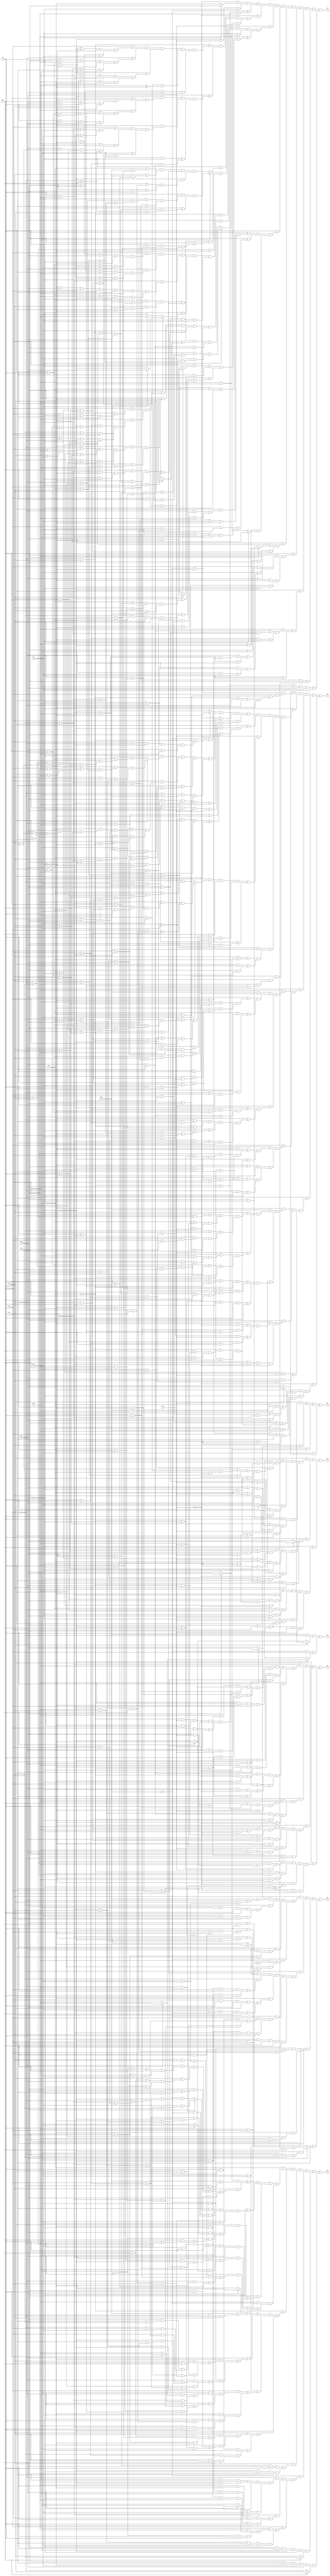
// Benchmark "alu4" written by ABC on Sat Apr 29 10:28:45 2023

module alu4 ( 
    x0, x1, x2, x3, x4, x5, x6, x7, x8, x9, x10, x11, x12, x13,
    f0, f1, f2, f3, f4, f5, f6, f7  );
  input  x0, x1, x2, x3, x4, x5, x6, x7, x8, x9, x10, x11, x12, x13;
  output f0, f1, f2, f3, f4, f5, f6, f7;
  assign f0 = (x3 & (x8 ? x9 : x10)) | (x2 & (x7 ? x9 : x10)) | (x1 & (x6 ? x9 : x10)) | (x0 & (x5 ? x9 : x10));
  assign f1 = ((x13 | ~x4) & (x3 ? (x8 ? x9 : x10) : (x8 ? ~x12 : ~x11))) | (~x13 & x4 & (x3 ? (x8 ? ~x9 : ~x10) : (x8 ? x12 : x11)));
  assign f2 = (x3 | ((x9 | (((x8 ? x12 : x11) | (x10 & (~x6 | ~x5 | ~x7))) & (x12 | ~x8 | (((x2 & ~x7) | ((x0 | ~x6) & (x1 | ~x5))) & (x2 | ~x6 | ~x5) & (x0 | x1 | ~x7))))) & ((x8 ? x12 : x11) | ((x0 | x1 | x2) & (x10 | x6 | x5 | x7))) & (x10 | x11 | x8 | (((x2 & x7) | ((x0 | x6) & (x1 | x5))) & (x2 | x6 | x5) & (x0 | x1 | x7))))) & (x12 | ((x10 | ((x2 | ~x7 | (x9 & (x6 | x5))) & (x1 | ~x6 | x5))) & (x1 | (~x6 & (x2 | ~x7)) | (x0 & (x9 | ~x5))) & (x0 | (~x5 & (x9 | x2 | ~x6 | ~x7))) & (~x6 | ~x5 | ~x7 | x9 | x2))) & (x11 | ((x9 | ((x2 | x7 | (x10 & (~x6 | ~x5))) & (x1 | x6 | ~x5))) & (x1 | (x6 & (x2 | x7)) | (x0 & (x10 | x5))) & (x0 | (x5 & (x10 | x2 | x6 | x7))) & (x10 | x2 | x6 | x5 | x7)));
  assign f3 = (~x3 & ((~x9 & (((~x10 | (x6 & x5 & x7)) & (x8 ? ~x12 : ~x11)) | ((~x2 | x7) & ((((~x1 & x5) | (~x0 & x6)) & (x4 | (~x12 & x8))) | (x4 & x6 & x5))) | (~x12 & x8 & ((~x2 & x6 & x5) | (~x0 & ~x1 & x7))) | (~x1 & x7 & ~x0 & x4))) | (((~x0 & ~x1 & ~x2) | (~x10 & ~x6 & ~x5 & ~x7)) & (x4 | (~x12 & x8) | (~x11 & ~x8))) | (~x10 & (((~x2 | ~x7) & ((~x1 & ~x5) | (~x0 & ~x6)) & (x4 | (~x11 & ~x8))) | ((x4 | (~x11 & ~x8)) & ((~x2 & ~x6 & ~x5) | (~x0 & ~x1 & ~x7))))))) | (x4 & ((~x9 & (~x10 | (x8 & (~x2 | x7) & (~x1 | x6) & (~x0 | x5)))) | (~x10 & ~x8 & (~x2 | ~x7) & (~x1 | ~x6) & (~x0 | ~x5)))) | (~x12 & ((~x10 & ((~x2 & x7 & (~x9 | (~x6 & ~x5))) | (~x1 & x6 & ~x5))) | (~x1 & (x6 | (~x2 & x7)) & (~x0 | (~x9 & x5))) | (~x0 & (x5 | (~x9 & ~x2 & x6 & x7))) | (x6 & x5 & x7 & ~x9 & ~x2))) | (~x11 & ((~x9 & ((~x2 & ~x7 & (~x10 | (x6 & x5))) | (~x1 & ~x6 & x5))) | (~x1 & (~x6 | (~x2 & ~x7)) & (~x0 | (~x10 & ~x5))) | (~x0 & (~x5 | (~x10 & ~x2 & ~x6 & ~x7))) | (~x10 & ~x2 & ~x6 & ~x5 & ~x7)));
  assign f4 = ((x5 ? x9 : x10) | ((~x13 | ~x0) & (x4 | ((~x12 | ~x11) & (~x1 | ~x2 | ~x3 | ~x0))))) & (x0 | (((x5 ? ~x12 : ~x11) | (~x13 & (~x1 | ((x4 | ~x2 | ~x3) & (~x6 | ~x9) & (x6 | ~x10))))) & (~x5 | ((~x6 | (x12 ? ((~x9 | ((~x3 | ((~x8 | (~x2 & ~x7)) & (~x7 | ~x10))) & (~x2 | (~x7 & ~x10)))) & (x4 | (~x2 & ~x7) | (~x8 & ~x3))) : (x13 | (x1 & (x9 | ((((~x4 | (~x8 & x3)) & (~x8 | x3)) | (x2 & ~x7)) & (x2 | ~x7))))))) & (~x8 | ((x12 | x13 | ((x1 | ((x9 | ((~x4 | (x2 & ~x7)) & (x3 | ~x7))) & (x2 | x3))) & (x3 | x9 | x10))) & (~x1 | ~x12 | (~x2 & ~x7) | (x4 & (~x3 | ~x9))))) & (~x7 | ((~x1 | ~x12 | ((~x2 | ~x9) & (x4 | ~x3))) & (x12 | x13 | ((x1 | (x2 & (~x4 | x3 | x9))) & (x2 | x9 | x10))))) & (~x4 | x12 | x13 | ((x10 | (x9 & (x8 | x7 | x6))) & (x1 | x2 | x3))))) & (~x8 | ((~x12 | ~x11 | ~x3 | ~x9) & (~x4 | x11 | x13 | ~x7 | ~x6 | x9 | x5))) & (~x7 | ((~x2 | ~x9 | ~x12 | ~x11) & (x12 | x11 | x3 | x13 | ~x6 | x9))) & (x5 | ((x6 | (x11 ? ((~x10 | ((~x3 | ((x8 | (~x2 & x7)) & (x7 | ~x9))) & (~x2 | (x7 & ~x9)))) & (x4 | (x8 & ~x3) | (~x2 & x7))) : (x13 | (x1 & (x10 | ((x2 | x7) & ((x2 & x7) | ((x8 | x3) & (~x4 | (x8 & x3)))))))))) & (x8 | ((x11 | x13 | ((x3 | x9 | x10) & (x1 | ((x2 | x3) & (x10 | ((x3 | x7) & (~x4 | (x2 & x7)))))))) & (~x1 | ~x11 | (~x2 & x7) | (x4 & (~x3 | ~x10))))) & (x7 | ((~x1 | ~x11 | ((~x2 | ~x10) & (x4 | ~x3))) & (x11 | x13 | ((x2 | x9 | x10) & (x1 | (x2 & (~x4 | x3 | x10))))))) & (~x4 | x11 | x13 | ((x9 | x10) & (x1 | x2 | x3))))) & (x12 | x11 | x13 | ((x2 | (x6 ? x9 : x10)) & x1 & (x3 | x10 | (x9 & (x7 | x6))))) & (~x12 | ~x11 | (x4 & (~x10 | ((x8 | ~x3) & (~x2 | x7))))))) & (x10 | ((~x9 | ((x13 | ~x5 | ((x6 | ((x12 | ((x2 | ~x7) & (~x8 | x3 | x7))) & (~x0 | ((x2 | ((~x4 | (x8 & x3)) & (x11 | (x7 & (x8 | x3))))) & (x7 | ((~x4 | (x8 & x3)) & (x11 | x8 | x3))))))) & (x1 | ~x0 | ((x7 | ((~x4 | (x8 & x3)) & (x11 | x8 | x3))) & (~x4 | x2 | x8))))) & (x5 | ((~x11 | ((~x8 | ~x3 | (~x12 & (x7 | x6))) & (~x2 | ~x7 | x6))) & (~x0 | ((~x2 | (~x7 & (~x8 | ~x3)) | (~x1 & (~x12 | ~x6))) & (~x1 | (~x6 & (~x3 | ~x7 | ~x12 | ~x8))) & (~x12 | ~x8 | ~x3 | ~x7 | ~x6))))))) & (x4 | ((x5 | ((~x12 | ~x0 | (((~x2 & ~x7) | ((~x8 | (~x1 & ~x6)) & (~x3 | ~x6))) & (~x1 | ~x3 | ~x7))) & (~x11 | (((~x2 & x7) | ((x8 | (~x1 & x6)) & (~x3 | x6))) & (~x1 | ~x3 | x7))))) & (~x12 | x9 | ~x0 | (((~x2 & ~x7) | ((~x3 | ~x6) & (~x1 | ~x8))) & (~x1 | ~x3 | ~x7) & (~x2 | ~x8 | ~x6))))))) & (~x10 | ((~x0 | ((x13 | ((x2 | ((x12 | (~x7 & (~x8 | x3)) | ((x1 | (~x9 & x5)) & (~x6 | x9 | x5))) & (~x4 | x5 | ((x1 | (x3 & (~x8 | x9))) & (~x6 | x9 | (~x8 & x3)))))) & (x5 | ((x1 | ((x12 | ~x6) & (~x7 | x9 | ((~x4 | (~x8 & x3)) & (x12 | ~x8 | x3))))) & (~x7 | ~x6 | x9 | ((~x4 | (~x8 & x3)) & (x12 | ~x8 | x3))))))) & (x9 | ~x5 | ((~x2 | (x7 & (x8 | ~x3)) | (~x1 & (~x11 | x6))) & (~x1 | (x6 & (~x3 | x7 | ~x11 | x8))) & (~x11 | x8 | ~x3 | x7 | x6))))) & (x9 | ((~x6 | ((~x12 | ~x5 | ((~x2 | x7) & (x8 | ~x3 | ~x7))) & (x11 | x13 | x5 | ((x2 | x7) & (x8 | x3 | ~x7))))) & (~x12 | ~x11 | x8 | ~x3 | ~x5))) & (x1 | x11 | x13 | x5 | (x6 & (x2 | (x7 & (x8 | x3))))))) & (~x5 | ((~x0 | ((x1 | x13 | ~x9 | ((x2 | ((x11 | (x7 & (x8 | x3))) & (~x4 | x3))) & (x11 | x6))) & (x4 | ~x11 | x9 | (((~x2 & x7) | ((x8 | (~x1 & x6)) & (~x3 | x6))) & (~x1 | ~x3 | x7))))) & (~x6 | ((x1 | x12 | x13 | ~x9) & (x4 | ~x12 | ~x8 | ~x7 | x9)))));
  assign f5 = (x1 & (((x6 ? x9 : x10) & (x13 | (~x4 & ((x2 & x3) | (x12 & x11))))) | (x2 & ((~x4 & ((x12 & x6 & x9 & x8) | (x10 & ~x8 & x11 & ~x6))) | (x3 & ((x9 & x8 & x6) | (x10 & ~x8 & ~x6))) | (x10 & (x9 | (~x7 & ~x6))) | (x9 & x7 & x6))) | (~x6 & ((~x7 & (x10 ? (x11 & ((~x4 & (x3 | ~x8)) | (x3 & ~x8))) : (~x13 & ((x4 & (~x3 | ~x8)) | (~x11 & (~x2 | (~x3 & (~x8 | ~x12)))))))) | (~x2 & ~x10 & ~x13 & ((x4 & (~x3 | ~x8)) | (~x11 & (~x12 | (~x3 & ~x8))))) | (x10 & x3 & ~x8 & x12 & x11))) | (x9 & ((x3 & ((x10 & (x7 ? x12 : x11)) | (x12 & x6 & ((x8 & (x7 | x11)) | (~x4 & x7))))) | (~x4 & x8 & x7 & x12 & x6))) | (~x9 & ~x13 & ((~x3 & ((x6 & ((x7 & ~x12 & ~x11) | ((x4 | (x8 & ~x12)) & (~x2 | x7)))) | (~x10 & (x8 ? ~x12 : ~x11)))) | (x6 & ((x4 & x8 & (~x2 | x7)) | (~x2 & ~x12 & (x7 | ~x11)))) | (~x10 & x4))))) | (~x1 & (((x6 ? ~x12 : ~x11) & (x13 | (x2 & ~x4 & x3))) | (x6 & ((~x12 & ((x2 & ((x10 & (~x7 | (x3 & ~x8))) | (~x4 & ~x8 & x11))) | (~x7 & x11 & ((~x4 & (x3 | ~x8)) | (x10 & x3 & ~x8))))) | (~x13 & x12 & ((~x2 & ((x4 & (~x3 | (~x10 & ~x8))) | (~x11 & (~x7 | (~x3 & ~x8))))) | (~x10 & ~x7 & ((x4 & (~x3 | ~x8)) | (~x3 & ~x8 & ~x11))))))) | (~x13 & x11 & ((x4 & ((x12 & ((~x2 & (x8 ? ~x9 : ~x10)) | (~x3 & (x7 ? ~x9 : ~x10)))) | (~x6 & ((~x2 & (~x3 | (~x9 & x8))) | (~x9 & x7 & (~x3 | x8)))))) | (~x12 & ~x6 & ((~x2 & (x7 | (~x3 & x8))) | (~x9 & ~x3 & x8 & x7))))) | (~x11 & ((x2 & ((x3 & ((x9 & x8 & (~x12 | ~x6)) | (x10 & ~x8 & ~x12))) | (~x6 & ((x9 & x7) | (~x4 & x8 & x12))))) | (x7 & x12 & ~x6 & ((~x4 & (x3 | x8)) | (x9 & x3 & x8))))))) | (x2 & ((~x12 & x6 & x9 & x7) | (~x11 & ~x6 & x10 & ~x7))) | (~x13 & ((~x2 & ((~x9 & ~x7 & x12 & ~x11 & x6) | (~x10 & x7 & ~x12 & x11 & ~x6))) | (~x3 & ((x12 & ~x11 & x6 & ~x9 & ~x8 & x7) | (~x12 & x11 & ~x6 & ~x10 & x8 & ~x7))) | (x4 & ((~x9 & ((~x10 & (x6 ? x12 : x11)) | (x12 & x6 & x8 & x7))) | (~x10 & ~x8 & ~x7 & x11 & ~x6))))) | (x10 & x7 & x12 & ~x11 & ~x6 & (x8 ? ~x4 : x3)) | (x9 & ~x7 & ~x12 & x11 & x6 & (x8 ? x3 : ~x4));
  assign f6 = (x2 & (((x7 ? x9 : x10) & (x13 | (~x4 & (x3 | (x12 & x11))))) | (~x4 & ((x9 & x12 & x8 & x7) | (x10 & x11 & ~x8 & ~x7))) | (x3 & ((x9 & (x10 | (x8 & x7))) | (x10 & ~x8 & ~x7))) | (~x13 & ((~x9 & ((x7 & ((~x3 & (x4 | (~x12 & (~x11 | x8)))) | (x4 & x8))) | (~x10 & x4))) | (~x10 & ~x7 & ((~x3 & (x4 | (~x11 & (~x12 | ~x8)))) | (x4 & ~x8))))))) | (~x2 & (((x13 | (~x4 & x3)) & (x7 ? ~x12 : ~x11)) | (~x4 & ((~x12 & x11 & ~x8 & x7) | (x12 & ~x11 & x8 & ~x7))) | (~x12 & ((~x8 & x7 & x10 & x3) | (x11 & ~x3 & ~x13 & x8 & ~x7))) | (~x13 & ((x4 & ((x12 & x7 & (~x3 | (~x10 & ~x8))) | (x11 & ~x7 & (~x3 | (~x9 & x8))))) | (x12 & ~x11 & ~x3 & ~x8 & x7))) | (x9 & ~x11 & x3 & x8 & ~x7))) | (x7 & (x9 ? (~x12 & ((x3 & x8) | (x11 & ~x4 & ~x8))) : (x12 & ~x13 & ((x4 & x8) | (~x11 & ~x3 & ~x8))))) | (~x7 & (x10 ? (~x11 & ((x12 & ~x4 & x8) | (x3 & ~x8))) : (x11 & ~x13 & ((x4 & ~x8) | (~x12 & ~x3 & x8)))));
  assign f7 = (((~x5 | (x0 ? x9 : ~x12)) & (~x11 | x5 | x0)) | (~x13 & (~x1 | x6 | ~x10))) & (~x5 | ((~x1 | ((x4 | ((x8 | x7 | x9 | ~x11 | ~x0) & (~x8 | ~x7 | ~x12 | x0))) & (~x2 | ((x7 | x9 | ~x10 | ~x0) & (~x12 | x0 | ~x7 | ~x9))) & (~x3 | ((x8 | x7 | x9 | ~x10 | ~x11 | ~x0) & (~x8 | ~x7 | ~x9 | ~x12 | x0))) & (~x6 | x0 | (~x9 ^ ~x12)) & (x10 | ~x0 | x6 | ~x9))) & (x9 | ((~x11 | ((x4 | (~x12 & (x8 | x6 | x7 | ~x0))) & (~x10 | ((x8 | ~x3 | (~x12 & (x6 | x7 | ~x0))) & (x7 | ~x0 | ~x2 | x6))))) & (~x0 | ((~x8 | ((~x4 | x3 | x12) & (x7 | ~x10 | x11))) & (~x10 | x11 | ((x6 | (x2 & ~x7)) & (x3 | x7) & (~x4 | x8))) & (x12 | ((((x1 | ~x6) & (x2 | ~x7)) | (~x4 & x3)) & (x1 | x2 | ~x6))))) & (x12 | x0 | ((~x8 | ~x3) & (~x2 | ~x7))))) & (x0 | (x12 ? ((~x6 | ((~x9 | ((~x2 | (~x7 & ~x10)) & (~x3 | ~x7 | (~x8 & ~x10)))) & (x4 | ~x8 | ~x7))) & (x11 | (((~x4 & x3) | ((x2 | x7) & (x1 | x6))) & (x1 | x2 | x6) & (~x4 | x8 | x3)))) : ((x1 | (x13 & (x6 | ~x11))) & (x2 | (x13 & (x7 | ~x11))) & (x13 | (~x4 & x3)) & (~x11 | ((x8 | (x3 & x10)) & (x10 | (x6 & x7))))))) & (~x9 | ~x0 | ((x1 | (x13 & (~x6 | ~x12))) & (x2 | (x13 & (~x7 | ~x12))) & (x13 | (~x4 & x3)) & (x10 | ((x8 | (~x3 & ~x11)) & (~x2 | x7) & (x6 | ~x11))) & (~x8 | x3 | ~x12))))) & (x5 | ((~x1 | ((x4 | ((~x8 | ~x7 | ~x12 | x10 | ~x0) & (x8 | x7 | ~x11 | x0))) & (~x2 | ((x10 | ~x0 | ~x7 | ~x9) & (x7 | ~x10 | ~x11 | x0))) & (~x3 | ((~x12 | x10 | ~x0 | ~x8 | ~x7 | ~x9) & (x8 | x7 | ~x10 | ~x11 | x0))) & (~x6 | (x9 ? (x0 ? x10 : ~x11) : (x0 ? ~x10 : x11))) & (x6 | x10 | x11 | x0))) & (x10 | ((~x12 | ((x4 | (~x11 & (~x8 | ~x6 | ~x7 | ~x0))) & (~x9 | ((~x8 | ~x3 | (~x11 & (~x6 | ~x7 | ~x0))) & (~x7 | ~x0 | ~x2 | ~x6))))) & (x12 | ((~x0 | ((~x4 | ((~x8 | ~x9) & (x3 | x11))) & (x1 | x11 | (x2 & x7)) & (~x7 | ~x9 | (x8 & x3)))) & (~x11 | ((~x4 | ~x8 | x3) & (x2 | ~x6 | ~x9))))) & (x11 | ((x8 | ((~x4 | x3 | ~x0) & (~x3 | x0))) & (~x0 | ((x1 | x2 | x6) & ((~x4 & x3) | ((x2 | x7) & (x1 | x6))))) & (~x2 | x7 | x0))) & (~x13 | ~x0))) & (x0 | (x11 ? ((x6 | ((~x10 | ((~x2 | (x7 & ~x9)) & (~x3 | x7 | (x8 & ~x9)))) & (x4 | x8 | x7))) & (x12 | ((((x1 | ~x6) & (x2 | ~x7)) | (~x4 & x3)) & (~x4 | ~x8 | x3) & (x1 | x2 | ~x6)))) : ((x1 | (x13 & (~x6 | ~x12))) & (x2 | (x13 & (~x7 | ~x12))) & (x13 | (~x4 & x3)) & (~x8 | (x3 ? x9 : ~x12)) & (~x2 | ~x7 | x9)))) & (~x10 | ((~x8 | (x3 ? (x9 | ~x0) : (~x12 | x11))) & (~x7 | (x2 ? (x9 | ~x0) : (~x12 | x11))) & (~x0 | ((~x11 | ((x1 | (x6 & ~x12)) & (x2 | (x7 & ~x12)) & (x3 | (x8 & ~x12)))) & (x13 | (~x4 & x1 & x2 & x3)))) & (~x12 | x11 | x1 | ~x6))))) & (x8 | ((x9 | ((~x7 | ((~x2 | ((~x3 | ~x10) & (x4 | ~x11))) & (~x3 | ~x12 | ~x10))) & (~x4 | x3 | x10 | x11 | ~x0))) & (x10 | ((x4 | (~x3 & ~x11)) & (x11 | x0 | ~x3 | x12))) & (~x10 | ~x11 | (x3 ? (~x12 | x0) : (~x9 | ~x0))))) & (~x0 | ((((x2 | x7) & (x1 | x6)) | (x9 ? (~x10 | ~x11) : (x10 | x11))) & (x9 | x12 | x10 | ((x1 | ~x6) & (x2 | ~x7))))) & (x7 | ((x10 | ((~x8 | ((~x2 | ((~x3 | ~x9) & (x4 | ~x12))) & (~x3 | ~x9 | ~x11))) & (x12 | ((~x6 | ~x9 | ~x11) & (~x2 | x11 | x0))))) & (~x2 | ~x12 | ~x10 | ((~x6 | x9) & (~x11 | x0))))) & (~x11 | ((~x9 | ((~x2 | ~x7 | ((x6 | x10) & (~x12 | x0))) & (~x8 | ~x3 | ~x12 | x0))) & (x4 | ~x12 | x0))) & (x4 | ~x8 | x9 | (~x3 & ~x12)) & (~x1 | x6 | x12 | x10 | x11 | x0);
endmodule